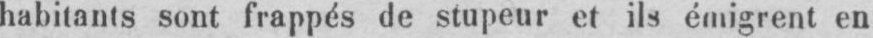
habitants sont frappés de stupeur et ils émigrent en